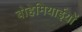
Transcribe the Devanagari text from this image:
बोहेमियाईयों